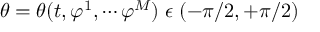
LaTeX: \theta = \theta ( t , \varphi ^ { 1 } , \cdots \varphi ^ { M } ) \; \epsilon \; ( - \pi / 2 , + \pi / 2 )